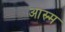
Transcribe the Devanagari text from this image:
आस्र्म